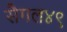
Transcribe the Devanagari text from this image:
सैगल४९